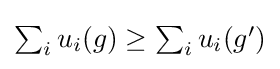
\textstyle \sum _{i}u_{i}(g)\geq \textstyle \sum _{i}u_{i}(g')